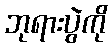
ဘုရားပွဲကို